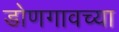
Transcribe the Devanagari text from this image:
डोणगावच्या